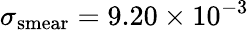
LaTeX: \sigma_{\mathrm{smear}}=9.20\times 10^{-3}